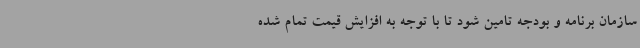
سازمان برنامه و بودجه تامین شود تا با توجه به افزایش قیمت تمام شده